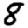
Digit: 8